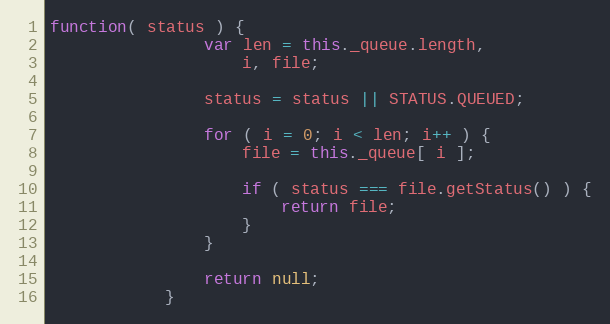
Language: JavaScript
function( status ) {
                var len = this._queue.length,
                    i, file;

                status = status || STATUS.QUEUED;

                for ( i = 0; i < len; i++ ) {
                    file = this._queue[ i ];

                    if ( status === file.getStatus() ) {
                        return file;
                    }
                }

                return null;
            }